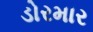
ડોરમાર